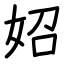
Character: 妱